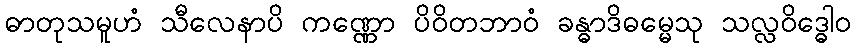
ဓာတုသမူဟံ သီလေနာပိ ကဏ္ဏော ပိဝိတဘာဝံ ခန္ဓာဒိဓမ္မေသု သလ္လဝိဒ္ဓေါဝ